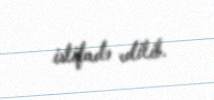
istifadə edilib.